Account of plague administration in the Bombay Presidency from September 1896 till May 1897
Year: 1896
Disease focus: Plague
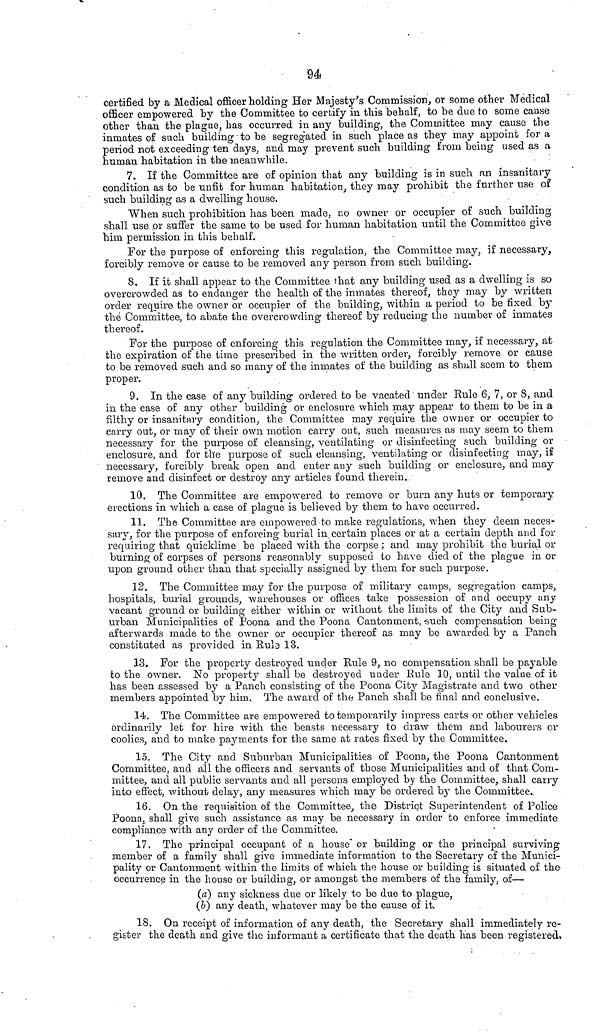
94
certified by a Medical officer holding Her Majesty's Commission, or some other Medical
officer empowered by the Committee to certify in this behalf, to be due to some cause
other than the plague, has occurred in any building, the Committee may cause the
inmates of such building to be segregated in such place as they may appoint for a
period not exceeding ten days, and may prevent such building from being used as a
human habitation in the meanwhile.
7. If the Committee are of opinion that any building is in such an insanitary
condition as to be unfit for human habitation, they may prohibit the further use of
such building as a dwelling house.
When such prohibition has been made, no owner or occupier of such building
shall use or suffer the same to be used for human habitation until the Committee give
him permission in this behalf.
For the purpose of enforcing this regulation, the Committee may, if necessary,
forcibly remove or cause to be removed any person from such building.
8. If it shall appear to the Committee that any building used as a dwelling is so
overcrowded as to endanger the health of the inmates thereof, they may by written
order require the owner or occupier of the building, within a period to be fixed by
the Committee, to abate the overcrowding thereof by reducing the number of inmates
thereof.
For the purpose of enforcing this regulation the Committee may, if necessary, at
the expiration of the time prescribed in the written order, forcibly remove or cause
to be removed such and so many of the inmates of the building as shall seem to them
proper.
9. In the case of any building ordered to be vacated under Rule 6, 7, or 8, and
in the case of any other building or enclosure which may appear to them to be in a
filthy or insanitary condition, the Committee may require the owner or occupier to
carry out, or may of their own motion carry out, such measures as may seem to them
necessary for the purpose of cleansing, ventilating or disinfecting such building or
enclosure, and for the purpose of such cleansing, ventilating or disinfecting may, if
necessary, forcibly break open and enter any such building or enclosure, and may
remove and disinfect or destroy any articles found therein.
10. The Committee are empowered to remove or burn any huts or temporary
erections in which a case of plague is believed by them to have occurred.
11. The Committee are empowered to make regulations, when they deem neces-
sary, for the purpose of enforcing burial in certain places or at a certain depth and for
requiring that quicklime be placed with the corpse; and may prohibit the burial or
burning of corpses of persons reasonably supposed to have died of the plague in or
upon ground other than that specially assigned by them for such purpose.
12. The Committee may for the purpose of military camps, segregation camps,
hospitals, burial grounds, warehouses or offices take possession of and occupy any
vacant ground or building either within or without the limits of the City and Sub-
urban Municipalities of Poona and the Poona Cantonment, such compensation being
afterwards made to the owner or occupier thereof as may be awarded by a Panch
constituted as provided in Rule 13.
13. For the property destroyed under Rule 9, no compensation shall be payable
to the owner. No property shall be destroyed under Rule 10, until the value of it
has been assessed by a Panch consisting of the Poona City Magistrate and two other
members appointed by him. The award of the Panch shall be final and conclusive.
14. The Committee are empowered to temporarily impress carts or other vehicles
ordinarily let for hire with the beasts necessary to draw them and labourers or
coolies, and to make payments for the same at rates fixed by the Committee.
15. The City and Suburban Municipalities of Poona, the Poona Cantonment
Committee, and all the officers and servants of those Municipalities and of that Com-
mittee, and all public servants and all persons employed by the Committee, shall carry
into effect, without delay, any measures which may be ordered by the Committee.
16. On the requisition, of the Committee, the District Superintendent of Police
Poona, shall give such assistance as may be necessary in order to enforce immediate
compliance with any order of the Committee.
17. The principal occupant of a house" or building or the principal surviving
member of a family shall give immediate information to the Secretary of the Munici-
pality or Cantonment within the limits of which the house or building is situated of the
occurrence in the house or building, or amongst the members of the family, of—
(a) any sickness due or likely to be due to plague,
(6) any death, whatever may be the cause of it.
18. On receipt of information of any death, the Secretary shall immediately re-
gister the death and give the informant a certificate that the death has been registered,